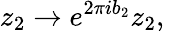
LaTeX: z_{2}\rightarrow e^{2\pi ib_{2}}z_{2},\, \,